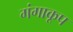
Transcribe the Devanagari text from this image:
गंगाकूप